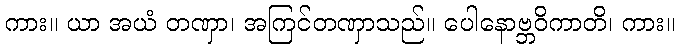
ကား။ ယာ အယံ တဏှာ၊ အကြင်တဏှာသည်။ ပေါနောဗ္ဘဝိကာတိ၊ ကား။